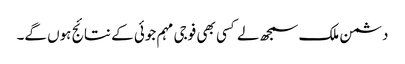
دشمن ملک سمجھ لے کسی بھی فوجی مہم جوئی کے نتائج ہوں گے۔